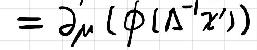
\[ = \partial_{\mu}(\phi(\Lambda^{-1}x')) \]